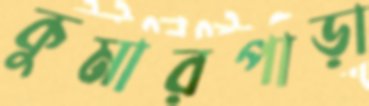
কুমারপাড়া